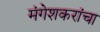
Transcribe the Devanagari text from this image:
मंगेशकरांचा